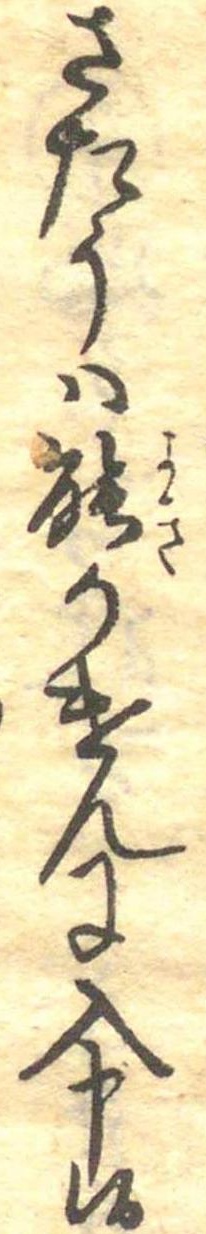
さたうは能かけんに入申候